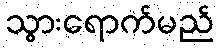
သွားရောက်မည်